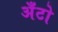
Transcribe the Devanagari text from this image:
अँटो